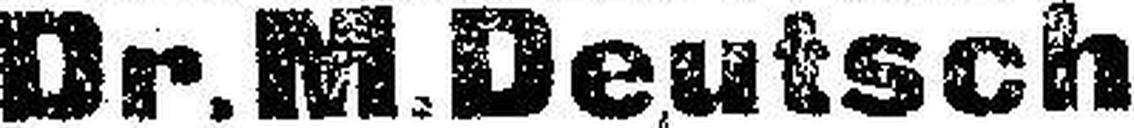
Dr. M. Deutsch